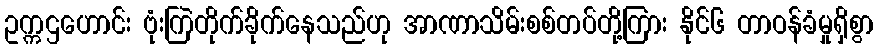
ဥက္ကဌဟောင်း ဗုံးကြဲတိုက်ခိုက်နေသည်ဟု အာဏာသိမ်းစစ်တပ်တို့ကြား နိုင်၆ တာဝန်ခံမှုရှိစွာ